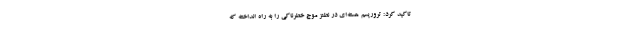
تاکید کرد: تروریسم هسته‌ای در نطنز موج خطرناکی را به راه انداخته که